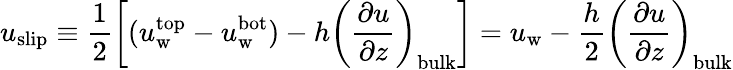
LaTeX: u_{\mathrm{slip}}\equiv\frac{1}{2}\left[(u_{\mathrm{w}}^{\mathrm{top}}-u_{\mathrm{w}}^{\mathrm{bot}})-h\left(\frac{\partial u}{\partial z}\right)_{\mathrm{bulk}}\right]=u_{\mathrm{w}}-\frac{h}{2}\left(\frac{\partial u}{\partial z}\right)_{\mathrm{bulk}}